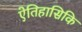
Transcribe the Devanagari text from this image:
ऐतिहासिकि